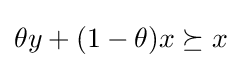
\theta y+(1-\theta )x\succeq x